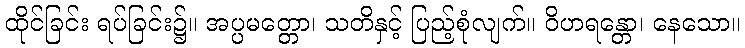
ထိုင်ခြင်း ရပ်ခြင်း၌။ အပ္ပမတ္တော၊ သတိနှင့် ပြည့်စုံလျက်။ ဝိဟရန္တော၊ နေသော။